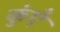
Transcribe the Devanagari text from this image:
कुंएँ